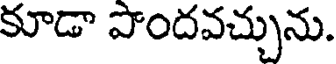
కూడా పొందవచ్చును.